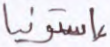
إستونيا